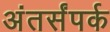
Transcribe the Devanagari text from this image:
अंतर्संपर्क